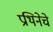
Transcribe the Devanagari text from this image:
प्रथिनेचे